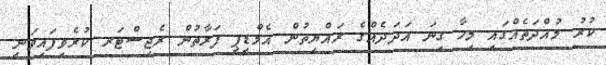
ކުރު މުއްދަތެއްގައި މިހާ ގިނަ އަދަދެއްގެ ރައްޔިތުން އެމްޑީޕީ ފަރާތުން ރެޖިސްޓަރ ކުރެވިފައިވަނީ